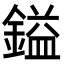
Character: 鎰